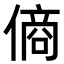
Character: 𬿞